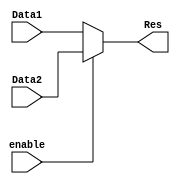
`timescale 1ns / 1ps
//////////////////////////////////////////////////////////////////////////////////
// Company: 
// Engineer: 
// 
// Design Name: 
// Module Name: MUX_5b
// Project Name: 
// Target Devices: 
// Tool Versions: 
// Description: 
// 
// Dependencies: 
// 
// Revision:
// Revision 0.01 - File Created
// Additional Comments:
// 
//////////////////////////////////////////////////////////////////////////////////


module MUX_5b(
   input enable,  //enable=1:rd  enable=0:rt
   input [4:0]Data1, //rt [20:16]
   input [4:0]Data2, //rd [15:11]
   output [4:0] Res
   );
   
   assign Res = enable?Data2:Data1;
endmodule